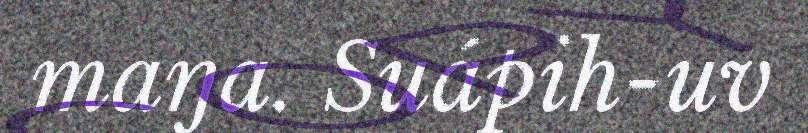
maŋa. Suápih-uv